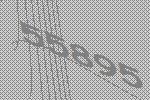
55895